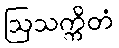
ဩသက္ကိတံ